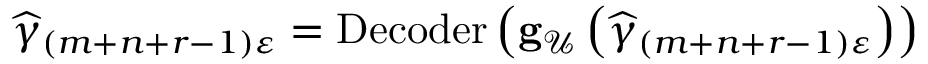
\begin{array} { r } { \widehat { \gamma } _ { \left( m + n + r - 1 \right) \varepsilon } = \operatorname { D e c o d e r } \left( \mathbf { g } _ { \mathcal { U } } \left( \widehat { \gamma } _ { \left( m + n + r - 1 \right) \varepsilon } \right) \right) } \end{array}